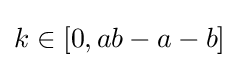
k\in [0,ab-a-b]